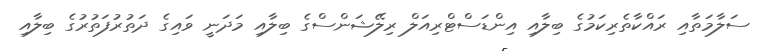
ސަލާމަތާއި ރައްކާތެރިކަމުގެ ބިލާއި އިންޑަސްޓްރިއަލް ރިލޭޝަންސްގެ ބިލާއި މަދަނީ ވައިގެ ދަތުރުފަތުރުގެ ބިލާއި